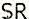
SR